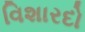
વિશારદો